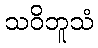
သဝိဘူသံ